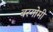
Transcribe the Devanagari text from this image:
बरगोमी